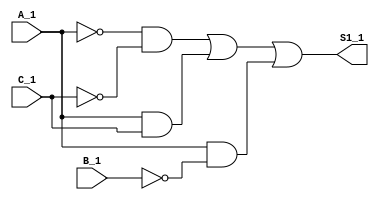
// EJERCICIO #1: TABLA 1
module gateLevel_1(input wire A_1, B_1, C_1, output wire S1_1);

  wire NA_1, NB_1, NC_1, P1_1, P2_1, P3_1;

  not (NA_1, A_1);
  not (NB_1, B_1);
  not (NC_1, C_1);
  
  and (P1_1, NA_1, NC_1);
  and (P2_1, A_1, C_1);
  and (P3_1, A_1, NB_1);
  
  or  (S1_1, P1_1, P2_1, P3_1);

endmodule

// EJERCICIO #1: TABLA 2
module gateLevel_2(input wire A_2, B_2, C_2, output wire NB_2);

  not (NB_2, B_2);

endmodule

// EJERCICIO #2: TABLA 2
module gateLevel_3(input wire A_3, B_3, C_3, output wire S1_3);

  wire NB_3, NC_3;

  not (NB_3, B_3);
  
  or  (S1_3, NB_3, C_3);

endmodule

// EJERCICIO #2: TABLA 4
module gateLevel_4(input wire A_4, B_4, C_4, output wire S1_4);

  wire NA_4, NC_4, P1_4;

  not (NA_4, A_4);
  not (NC_4, C_4);
  
  and (P1_4, NA_4, NC_4);
  
  or  (S1_4, P1_4, B_4);

endmodule

// EJERCICIO #1: TABLA 3
module operadores_1(input wire A_1, B_1, C_1, D_1, output wire Y_1);

  assign Y_1 = (~A_1 & ~B_1 & ~C_1 & ~D_1) | (~A_1 & ~B_1 & C_1 & D_1) | (~A_1 & B_1 & ~C_1 & D_1) |(~A_1 & B_1 & C_1 & ~D_1) |(A_1 & B_1 & ~C_1 & ~D_1) |(A_1 & B_1 & C_1 & D_1) |(A_1 & ~B_1 & ~C_1 & D_1) |(A_1 & ~B_1 & C_1 & ~D_1);

endmodule

// EJERCICIO #1: TABLA 4
module operadores_2(input wire A_2, B_2, C_2, D_2, output wire Y_2);

  assign Y_2 = (B_2 & D_2) | (A_2 & ~D_2) | (A_2 & C_2);

endmodule

// EJERCICIO #2: TABLA 1
module operadores_3(input wire A_3, B_3, C_3, D_3, output wire Y_3);

  assign Y_3 = (A_3 & ~C_3) | (~B_3 & ~C_3 & ~D_3) | (A_3 & ~B_3) |(A_3 & C_3 & ~D_3);

endmodule

// EJERCICIO #2: TABLA 3
module operadores_4(input wire A_4, B_4, C_4, D_4, output wire Y_4);

  assign Y_4 = (~ B_4 & ~C_4 & D_4) | (A_4 & D_4) | (B_4);

endmodule